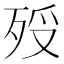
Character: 𣧶